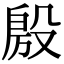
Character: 𭮴